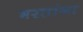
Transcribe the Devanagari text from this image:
भरतांना